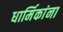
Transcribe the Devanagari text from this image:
धार्मिकांना